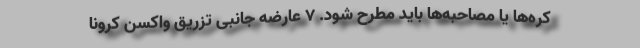
کره‌ها یا مصاحبه‌ها باید مطرح شود. 7 عارضه جانبی تزریق واکسن کرونا